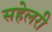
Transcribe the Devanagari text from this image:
सहेलरी